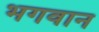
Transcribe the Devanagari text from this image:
भगवान